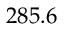
2 8 5 . 6